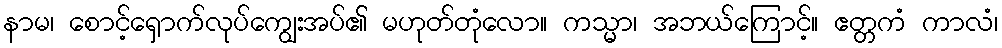
နာမ၊ စောင့်ရှောက်လုပ်ကျွေးအပ်၏ မဟုတ်တုံလော။ ကသ္မာ၊ အဘယ်ကြောင့်။ ဧတ္တကံ ကာလံ၊